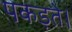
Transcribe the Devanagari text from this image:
पकड़ते।